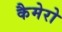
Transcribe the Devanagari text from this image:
कैमेरो